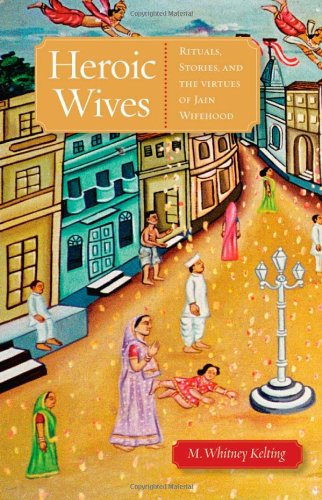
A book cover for Heroic Wives Rituals, Stories and the Virtues of Jain Wifehood; M. Whitney Kelting; Religion & Spirituality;